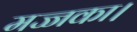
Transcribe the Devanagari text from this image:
मज्जका।